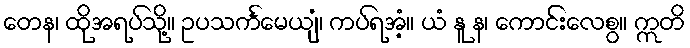
တေန၊ ထိုအရပ်သို့။ ဥပသင်္ကမေယျံ၊ ကပ်ရအံ့။ ယံ နူ န၊ ကောင်းလေစွ။ ဣတိ